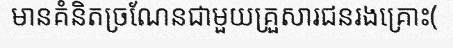
មានគំនិតច្រណែនជាមួយគ្រួសារជនរងគ្រោះ(